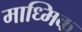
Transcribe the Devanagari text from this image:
माध्मिक